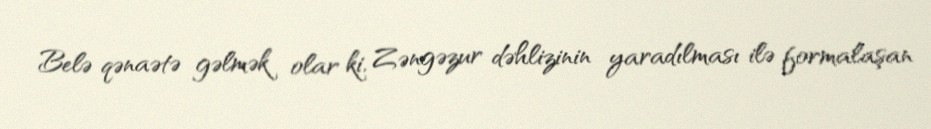
Belə qənaətə gəlmək olar ki, Zəngəzur dəhlizinin yaradılması ilə formalaşan